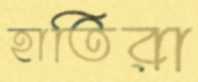
হাতিরা